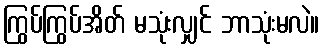
ကြွပ်ကြွပ်အိတ် မသုံးလျှင် ဘာသုံးမလဲ။